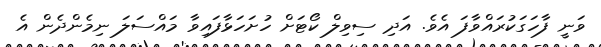
ވަނީ ފާހަގަކުރައްވާފަ އެވެ. އަދި ސިވިލް ކޯޓަށް ހުށަހަޅާފައިވާ މައްސަލަ ނިމެންދެން އެ